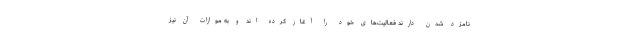
نامزد شدن دارند فعالیت‌های خود را آغاز کرده اند و به موازات آن نیز